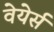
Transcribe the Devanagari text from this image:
वेयेर्स